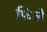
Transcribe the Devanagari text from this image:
फिले